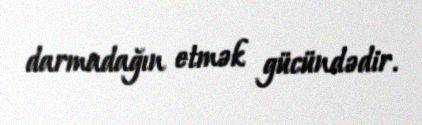
darmadağın etmək gücündədir.